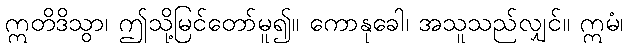
ဣတိဒိသွာ၊ ဤသို့မြင်တော်မူ၍။ ကောနုခေါ၊ အသူသည်လျှင်။ ဣမံ၊